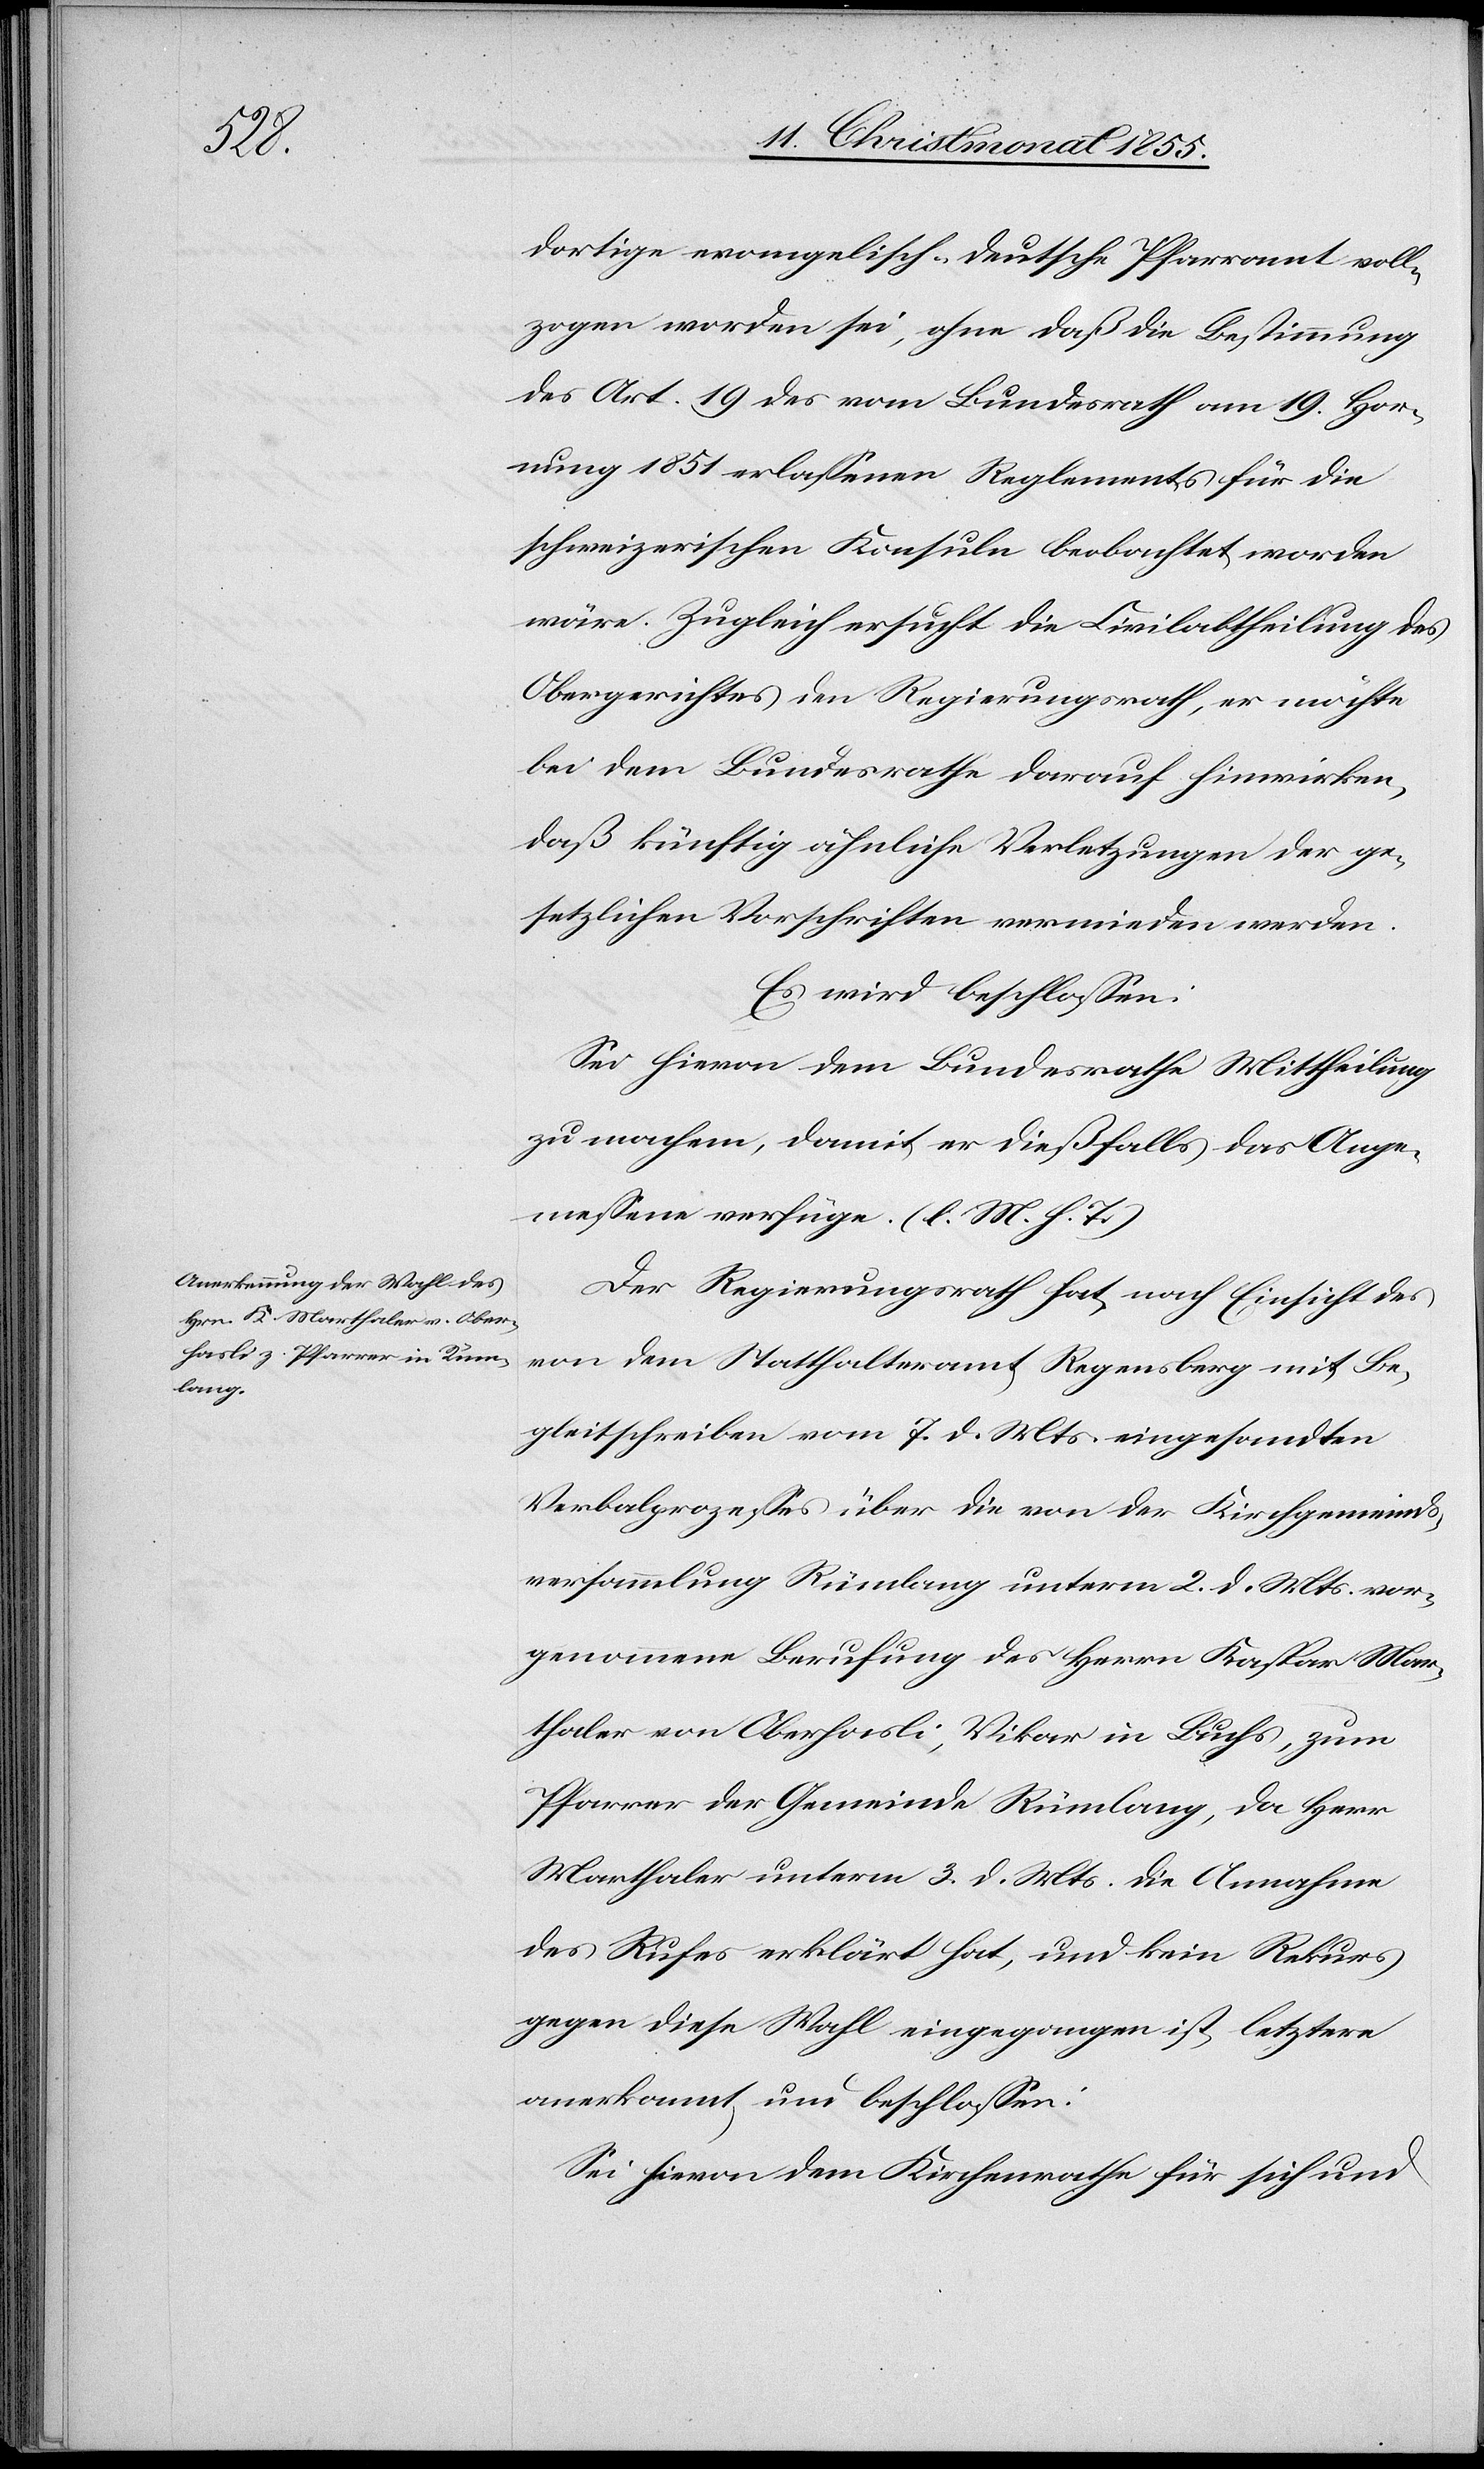
dortige evangelisch-deutsche Pfarramt voll¬
zogen worden sei, ohne daß die Bestimmung
des Art. 19 des vom Bundesrath am 19. Hor¬
nung 1851 erlassenen Reglements für die
schweizerischen Konsuln beobachtet worden
wäre. Zugleich ersucht die Civilabtheilung des
Obergerichtes den Regierungsrath, er möchte
bei dem Bundesrathe darauf hinwirken,
daß künftig ähnliche Verletzungen der ge¬
setzlichen Vorschriften vermieden werden.
Es wird beschlossen:
Sei hievon dem Bundesrathe Mittheilung
zu machen, damit er dießfalls das Ange¬
messene verfüge. (l. M. h. T.)
Der Regierungsrath hat, nach Einsicht des
von dem Statthalteramt Regensberg mit Be¬
gleitschreiben vom 7. d. Mts. eingesandten
Verbalprozesses über die von der Kirchgemeinds¬
versammlung Rümlang unterm 2. d. Mts. vor¬
genommene Berufung des Herrn Kaspar Mar¬
thaler von Oberhasli, Vikar in Buchs, zum
Pfarrer der Gemeinde Rümlang, da Herr
Marthaler unterm 3. d. Mts. die Annahme
des Rufes erklärt hat, und kein Rekurs
gegen diese Wahl eingegangen ist, letztere
anerkannt, und beschlossen:
Sei hievon dem Kirchenrathe für sich und